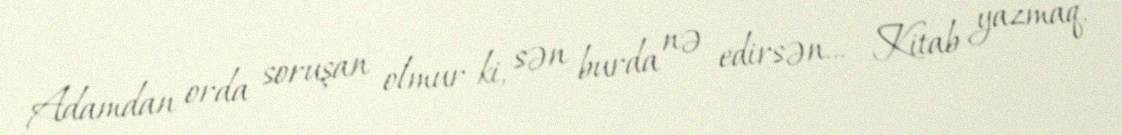
Adamdan orda soruşan olmur ki, sən burda nə edirsən... - Kitab yazmaq,